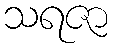
သရဇာ